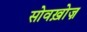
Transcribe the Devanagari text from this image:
सोवख़ोज़